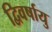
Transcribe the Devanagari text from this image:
द्विवर्षायु